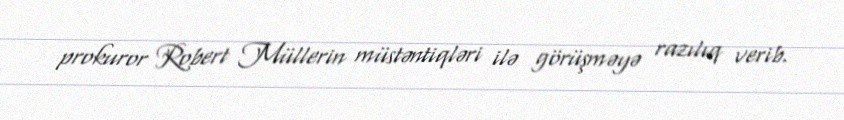
prokuror Robert Müllerin müstəntiqləri ilə görüşməyə razılıq verib.